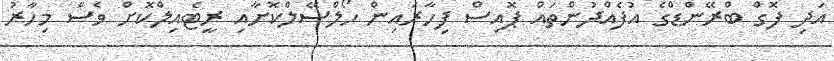
އަދި ފޮގް ބްރޭންޑްގެ އުފެއްދުންތައް ޕޮއިސް ފިހާރައިން ހޯލްސޭލްކޮށާއި ރީޓެއިލްކޮށް ވެސް މިހާރު